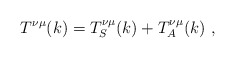
\begin{align*}T^{\nu \mu}(k)=T^{\nu \mu}_S(k)+T^{\nu \mu}_A(k)\,\,,\end{align*}